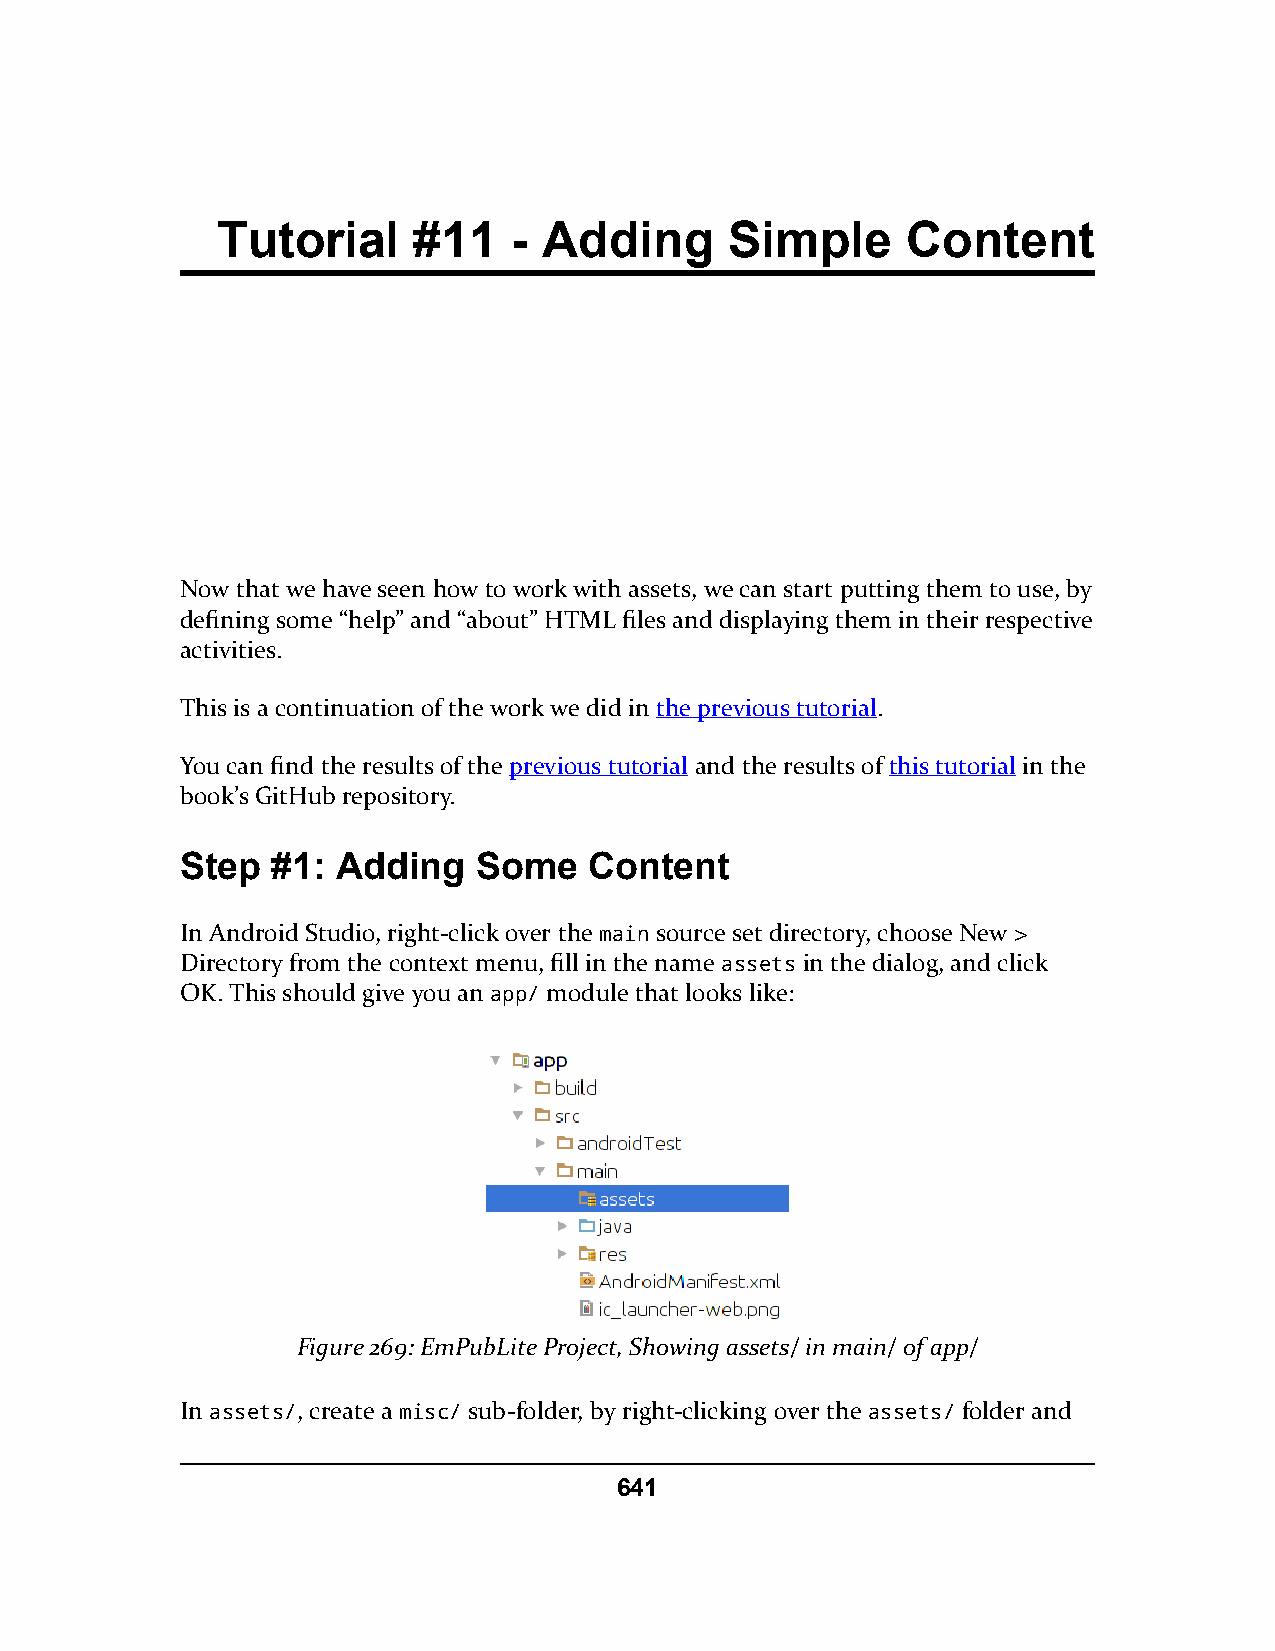
Tutorial     #11    - Adding      Simple      Content
 Now that we have seen how to work with assets, we can start putting them to use, by
 defining some “help” and “about” HTML files and displaying them in their respective
 activities.
 This is a continuation of the work we did in the previous tutorial.
 You can find the results of the previous tutorial and the results of this tutorial in the
 book’s GitHub repository.
 Step  #1: Adding    Some   Content
 In Android Studio, right-click over the main source set directory, choose New >
 Directory from the context menu, fill in the name assets in the dialog, and click
 OK. This should give you an app/ module that looks like:
 Figure 269: EmPubLite Project, Showing assets/ in main/ of app/
 In assets/, create a misc/ sub-folder, by right-clicking over the assets/ folder and
 641